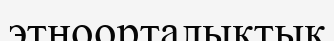
этноорталықтық